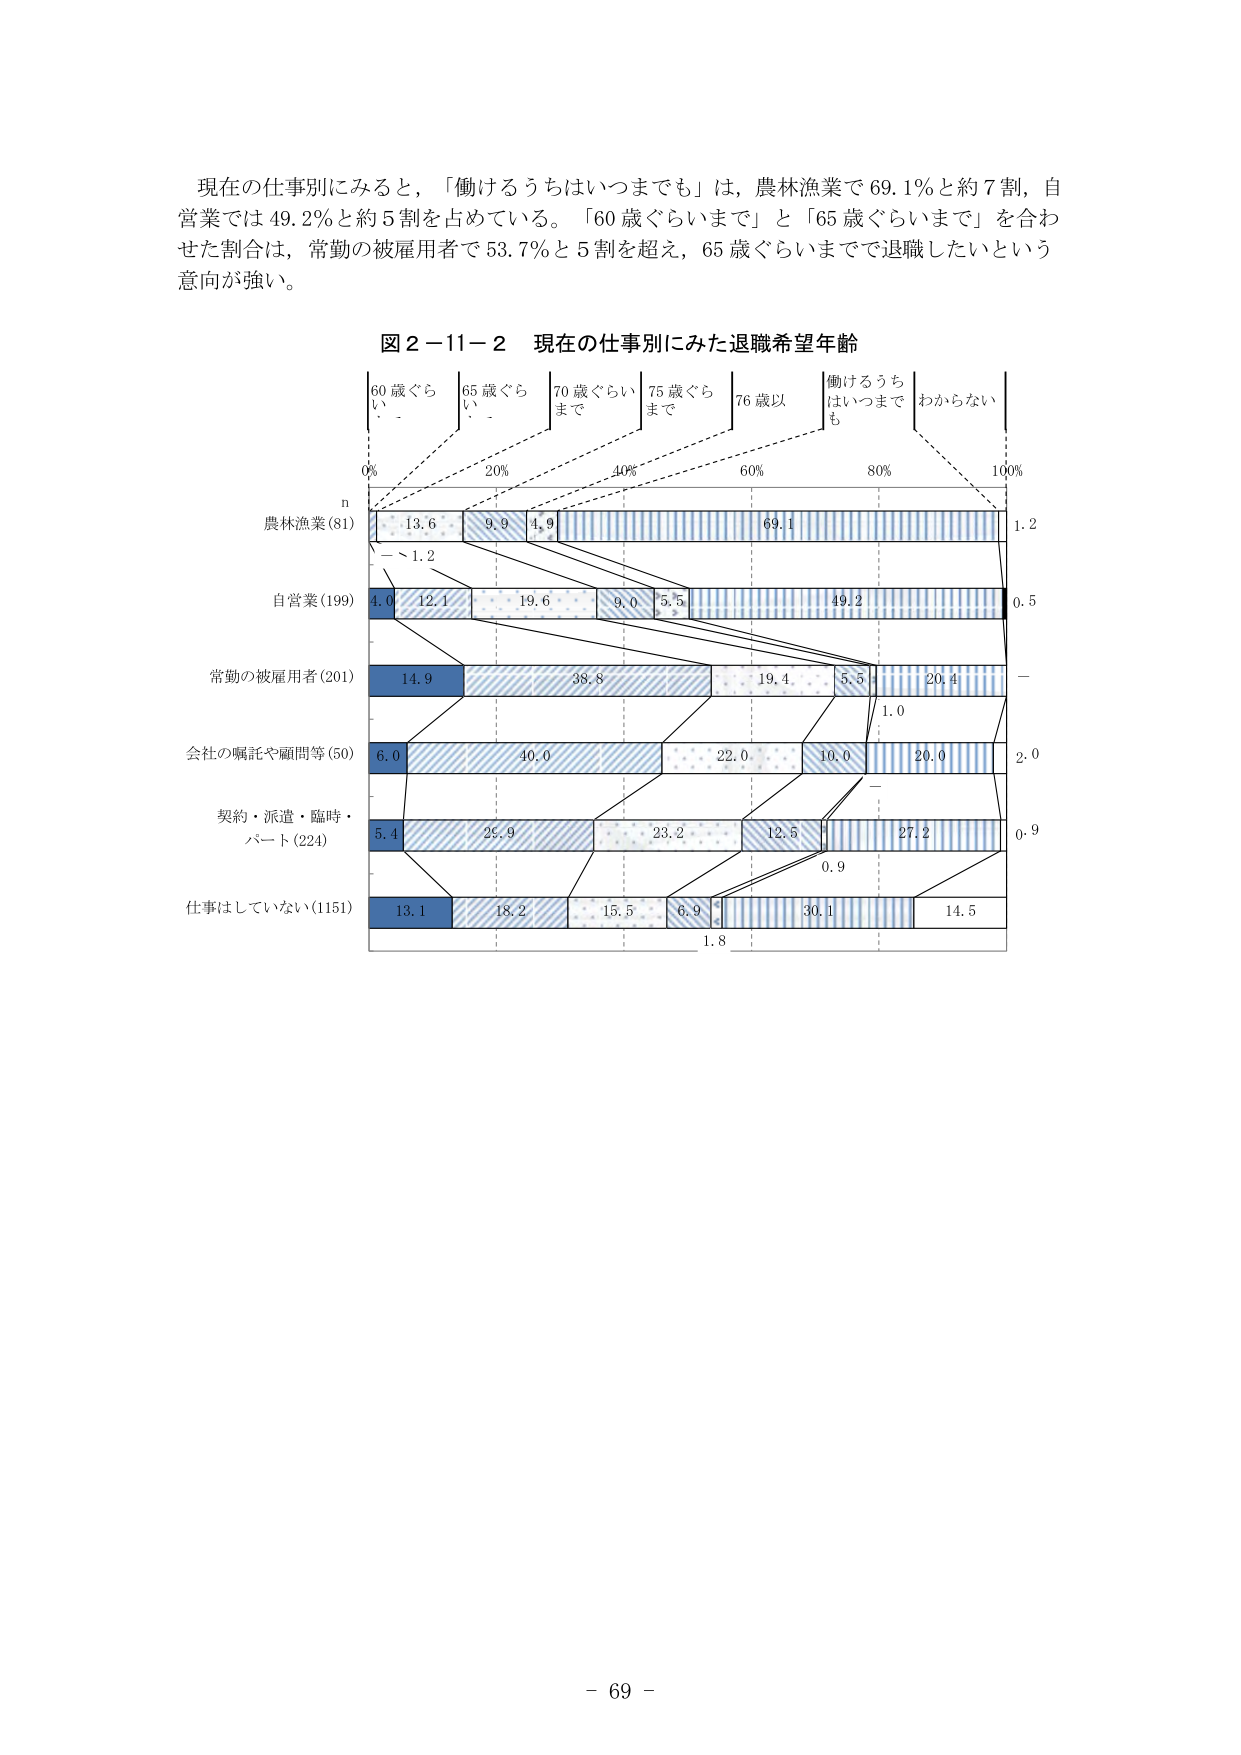
現在の仕事別にみると，「働けるうちはいつまでも」は，農林漁業で69.1％と約7割，自営業では49.2％と約5割を占めている。「60歳ぐらいまで」と「65歳ぐらいまで」を合わせた割合は，常勤の被雇用者で53.7％と5割を超え，65歳ぐらいまでで退職したいという意向が強い。

図2－11－2 現在の仕事別にみた退職希望年齢

60歳ぐらいまで 65歳ぐらいまで 70歳ぐらいまで 75歳ぐらいまで 76歳以上 働けるうちはいつまでも わからない
0% 20% 40% 60% 80% 100%

n
農林漁業(81) 13.6 9.9 4.9 69.1 1.2
－ 1.2

自営業(199) 4.0 12.1 19.6 9.0 5.5 49.2 0.5

常勤の被雇用者(201) 14.9 38.8 19.4 5.5 20.4 －
1.0

会社の嘱託や顧問等(50) 6.0 40.0 22.0 10.0 20.0 2.0

契約・派遣・臨時・パート(224) 5.4 25.9 23.2 12.5 27.2 0.9
0.9

仕事はしていない(1151) 13.1 18.2 15.5 6.9 30.1 14.5
1.8

－ 69 －